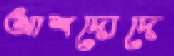
আশদোদে